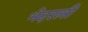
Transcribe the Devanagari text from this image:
भेदरली